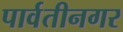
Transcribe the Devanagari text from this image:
पार्वतीनगर